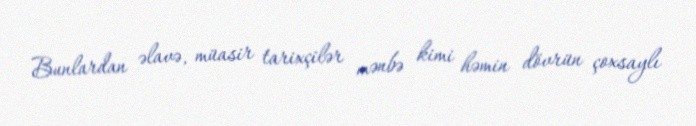
Bunlardan əlavə, müasir tarixçilər mənbə kimi həmin dövrün çoxsaylı